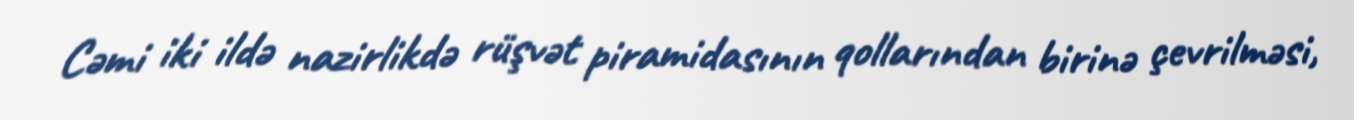
Cəmi iki ildə nazirlikdə rüşvət piramidasının qollarından birinə çevrilməsi,